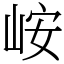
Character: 峖